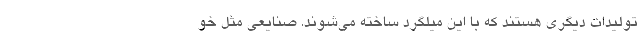
تولیدات دیگری هستند که با این میلگرد ساخته می‌شوند. صنایعی مثل خو